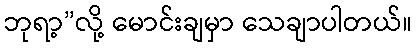
ဘုရာ့”လို့ မောင်းချမှာ သေချာပါတယ်။